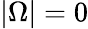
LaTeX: |\Omega|=0